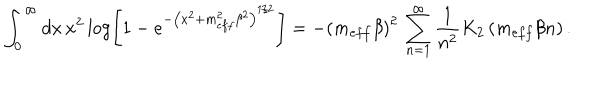
\int _ { 0 } ^ { \infty } d x \, x ^ { 2 } \log \left[ 1 - e ^ { - \left( x ^ { 2 } + m _ { e f f } ^ { 2 } \beta ^ { 2 } \right) ^ { 1 / 2 } } \right] = - \left( m _ { e f f } \beta \right) ^ { 2 } \, \sum _ { n = 1 } ^ { \infty } \frac { 1 } { n ^ { 2 } } K _ { 2 } \left( m _ { e f f } \beta n \right) .